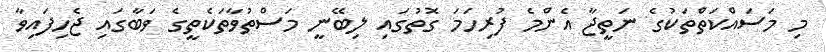
މި މަސައްކަތްތަކުގެ ނަތީޖާ އެންމެ ފުރިހަމަ ގޮތުގައި ލިބޭނީ މަސްތުވާތަކެތީގެ ވަބާގައި ޖެހިފައިވާ